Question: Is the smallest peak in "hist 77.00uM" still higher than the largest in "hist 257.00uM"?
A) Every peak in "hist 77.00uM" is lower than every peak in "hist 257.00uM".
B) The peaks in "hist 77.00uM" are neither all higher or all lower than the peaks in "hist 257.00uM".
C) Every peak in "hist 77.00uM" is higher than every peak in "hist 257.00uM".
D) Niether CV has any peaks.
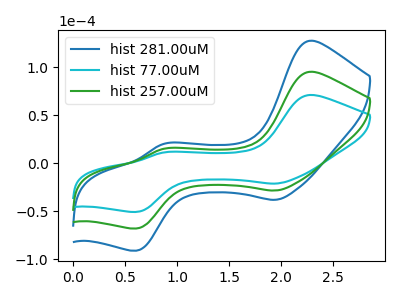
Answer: <think>The blue curve "hist 281.00uM" has anodic peaks at (2.25V, 190.35uA) (0.85V, 29.95uA) and cathodic peaks at (1.95V, -56.85uA) (0.60V, -135.90uA). The cyan curve "hist 77.00uM" has anodic peaks at (2.25V, 71.05uA) (0.85V, 11.20uA) and cathodic peaks at (1.95V, -21.20uA) (0.60V, -50.75uA). The green curve "hist 257.00uM" has anodic peaks at (2.25V, 95.15uA) (0.85V, 15.00uA) and cathodic peaks at (1.95V, -28.45uA) (0.60V, -67.95uA).</think>
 <answer>A) Every peak in "hist 77.00uM" is lower than every peak in "hist 257.00uM".</answer>
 <eval>A</eval>